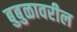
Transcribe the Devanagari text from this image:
बुबुळावरील